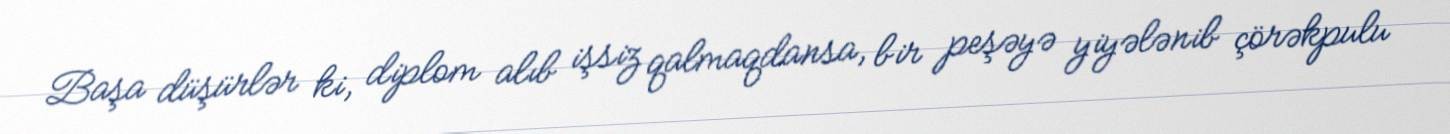
Başa düşürlər ki, diplom alıb işsiz qalmaqdansa, bir peşəyə yiyələnib çörəkpulu